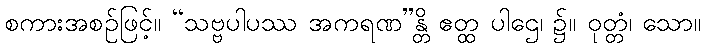
စကားအစဉ်ဖြင့်။ “သဗ္ဗပါပဿ အကရဏ”န္တိ ဧတ္ထ ပါဌေ၊ ၌။ ဝုတ္တံ၊ သော။